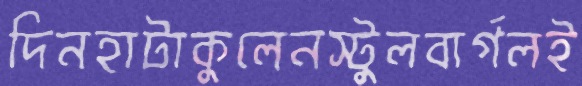
দিনহাটাকুলেনস্টুলবার্গলই